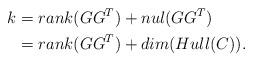
LaTeX: \begin{align*}k&=rank(GG^T)+nul(GG^T)\\&=rank(GG^T)+dim(Hull(C)).\end{align*}